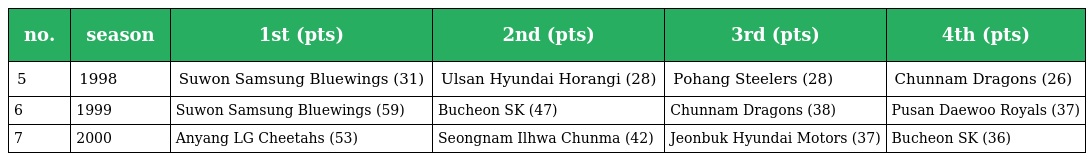
| no. | season | 1st (pts) | 2nd (pts) | 3rd (pts) | 4th (pts) |
 | --- | --- | --- | --- | --- | --- |
 | 5 | 1998 | Suwon Samsung Bluewings (31) | Ulsan Hyundai Horangi (28) | Pohang Steelers (28) | Chunnam Dragons (26) |
 | 6 | 1999 | Suwon Samsung Bluewings (59) | Bucheon SK (47) | Chunnam Dragons (38) | Pusan Daewoo Royals (37) |
 | 7 | 2000 | Anyang LG Cheetahs (53) | Seongnam Ilhwa Chunma (42) | Jeonbuk Hyundai Motors (37) | Bucheon SK (36) |